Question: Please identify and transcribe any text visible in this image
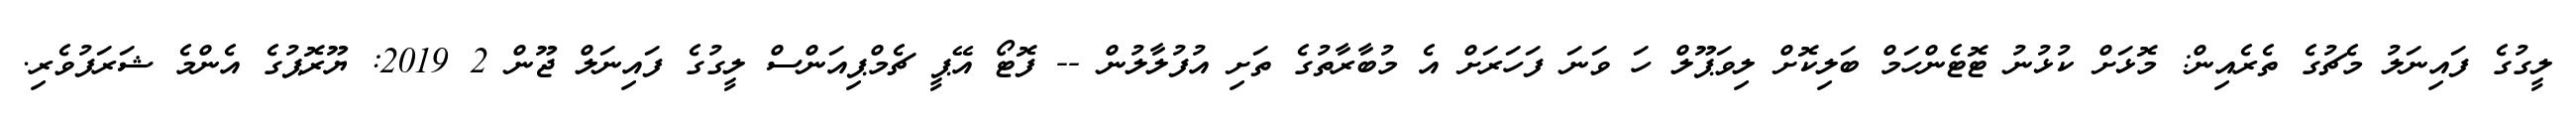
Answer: ލީގުގެ ފައިނަލު މެޗުގެ ތެރެއިން: މޮޅަށް ކުޅުނު ޓޮޓެންހަމް ބަލިކޮށް ލިވަޕޫލް ހަ ވަނަ ފަހަރަށް އެ މުބާރާތުގެ ތަށި އުފުލާލުން -- ފޮޓޯ އޭޕީ ޗެމްޕިއަންސް ލީގުގެ ފައިނަލް ޖޫން 2 2019: ޔޫރޮޕުގެ އެންމެ ޝަރަފުވެރި.